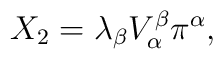
X_2=\lambda_\beta V^\beta_\alpha\pi^\alpha,